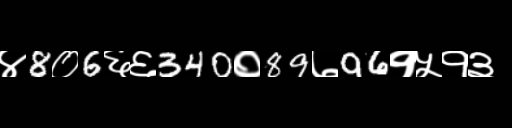
Text: ४8०6६६340०89७96१५१३